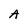
Character: A